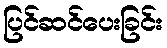
ပြင်ဆင်ပေးခြင်း